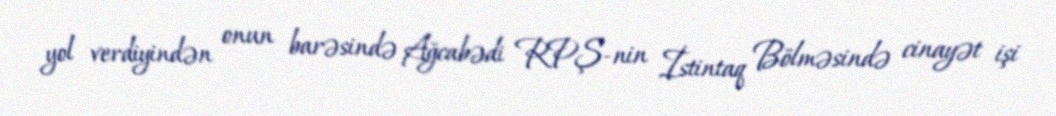
yol verdiyindən onun barəsində Ağcabədi RPŞ-nin İstintaq Bölməsində cinayət işi